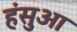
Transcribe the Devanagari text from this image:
हंसुआ